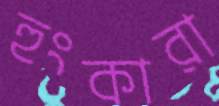
হুংকারা